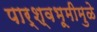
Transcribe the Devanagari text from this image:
पार्श्‍वभूमीमुळे